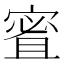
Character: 𪧠